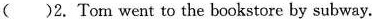
( )2. Tom went to the bookstore by subway.